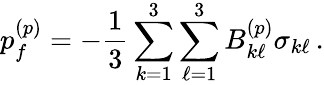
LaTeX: p_{f}^{(p)}=-\frac{1}{3}\sum_{k=1}^{3}\sum_{\ell=1}^{3}B_{k\ell}^{(p)}\sigma_{k\ell}\, .